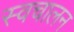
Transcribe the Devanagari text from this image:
स्‍वचालन